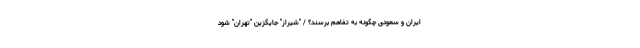
ایران و سعودی چگونه به تفاهم برسند؟ / "شیراز" جایگزین "تهران" شود